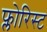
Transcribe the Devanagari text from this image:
फ्लोरिस्ट